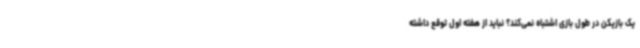
یک بازیکن در طول بازی اشتباه نمی‌کند؟ نباید از هفته اول توقع داشته